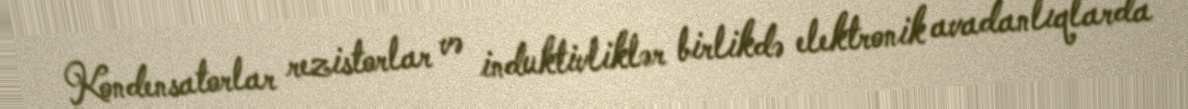
Kondensatorlar rezistorlar və induktivliklər birlikdə elektronik avadanlıqlarda